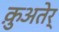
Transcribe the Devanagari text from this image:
क़ुअतेर्